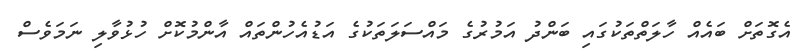
އެގޮތަށް ބައެއް ހާލަތްތަކުގައި ބަންދު އަމުރުގެ މައްސަލަތަކުގެ އަޑުއެހުންތައް އާންމުކޮށް ހުޅުވާލި ނަމަވެސް